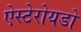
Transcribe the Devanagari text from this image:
ऐस्टेरोयडों